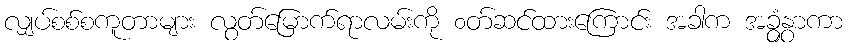
လျှပ်စစ်စကူတာများ လွတ်မြောက်ရာလမ်းကို ၀တ်ဆင်ထားကြောင်း အခါက အခွံနွှာကာ